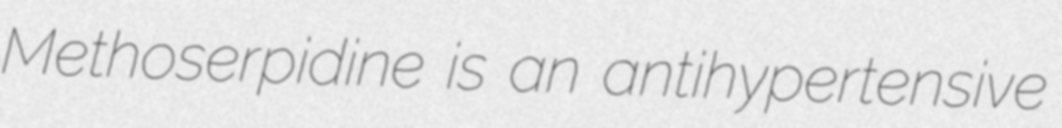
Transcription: Methoserpidine is an antihypertensive